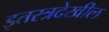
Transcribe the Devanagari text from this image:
इतरत्रदेखील